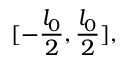
[ - \frac { l _ { 0 } } { 2 } , \frac { l _ { 0 } } { 2 } ] ,